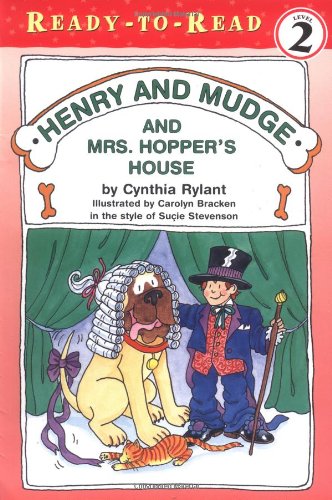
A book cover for Henry and Mudge and Mrs. Hopper's House (Henry & Mudge); Cynthia Rylant; Children's Books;